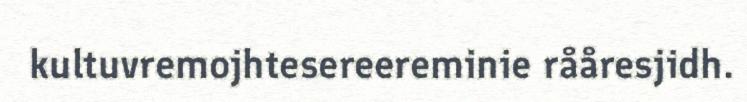
kultuvremojhtesereereminie rååresjidh.